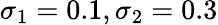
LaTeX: \sigma_{1}=0.1,\sigma_{2}=0.3